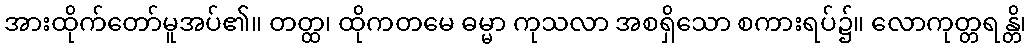
အားထိုက်တော်မူအပ်၏။ တတ္ထ၊ ထိုကတမေ ဓမ္မာ ကုသလာ အစရှိသော စကားရပ်၌။ လောကုတ္တရန္တိ၊